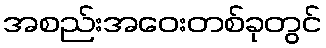
အစည်းအဝေးတစ်ခုတွင်